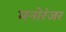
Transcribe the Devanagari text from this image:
मनोरंजर